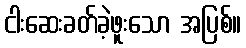
ငါးဆေးခတ်ခဲ့ဖူးသော အပြစ်။